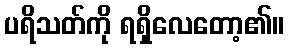
ပရိသတ်ကို ရရှိလေတော့၏။